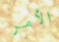
الأمر